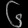
Digit: ၆